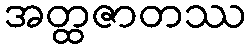
အတ္ထဇာတဿ